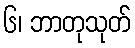
၆၊ ဘာတုသုတ်